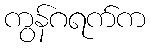
ကွန်ဂရက်က